Annual administration report of the Civil Veterinary Department of India - 1896-1897
Year: 1896
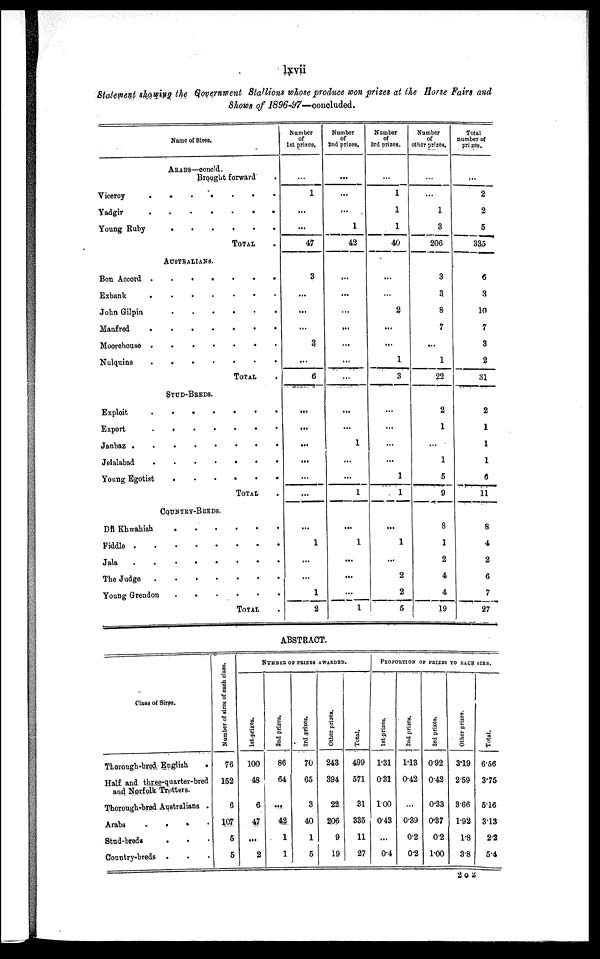
lxvii
Statement showing the Government Stallions whose produce won prizes at the Bone Fairs and
Shows of 1896-97—concluded.
Name of Sires.
ARABS—concld.
Brought forward
Viceroy
.
.
.
.
.
.
Yadgir
.
.
.
.
.
.
Young Ruby
TOTAL
AUSTRALIANS.
Bon Accord
.
.
.
.
.
.
Exbank
.
.
.
.
.
.
John Gilpin
.
.
.
.
.
.
Manfred
.
.
.
.
.
.
Moorehouse
.
.
.
.
.
.
Nulquine
.
.
.
.
.
.
TOTAL
STUD-BREDS.
Exploit
.
.
.
.
.
.
Export
.
.
.
.
.
.
Janbaz
.
.
.
.
.
.
Jelalabad
.
.
.
.
.
.
Young Egotist
.
.
.
.
.
.
TOTAL
COUNTRY-BREDS.
Dil Khwahish
.
.
.
.
.
.
Fiddle
Jala
.
.
.
.
.
.
The Judge
Young Grendon
.
.
.
.
.
.
TOTAL
Number
of
1st prizes.
...
1
...
...
47
3
...
...
...
3
...
6
...
...
...
...
...
...
...
1
...
...
1
2
Number
of
2nd prizes.
...
...
...
1
42
...
...
...
...
...
...
...
...
...
1
...
...
1
...
1
...
...
...
1
Number
of
3rd prizes.
...
1
1
1
40
...
...
2
...
...
1
3
...
...
...
...
1
1
...
1
...
2
2
5
Number
of
other prizes.
...
1
3
206
3
3
8
7
...
1
22
2
1
...
1
5
9
8
1
2
4
4
19
Total
number of
prizes.
...
2
2
5
335
6
3
10
7
3
2
31
2
1
1
1
6
11
8
4
2
6
7
27
ABSTRACT.
Class of Sires.
Thorough-bred English
.
Half and three-quarter-bred
and Norfolk Trotters.
Thorough-bred Australians .
Arabs . . . . . .
Stud-breds . . .
Country-breds . . .
Number of sires of each class.
76
152
6
107
5
5
NUMBER OF PRIZES AWARDED.
1st prizes.
100
48
6
47
...
2
2nd prizes.
86
64
...
42
1
1
3rd prizes.
70
65
3
40
1
5
Other prizes.
243
394
22
206
9
19
Total.
499
571
31
335
11
27
PROPORTION OF PRIZES TO EACH SIRH,
1st prizes.
1.31
0.31
100
043
...
0.4
2nd prizes.
1.13
0.42
...
0.39
0.2
0.2
3rd prizes.
0.92
0.42
0.33
0.37
0.2
1.00
Other prizes.
3.19
2.59
3.66
1.92
1.8
3.8
Total.
6.56
3.75
5.16
3.13
2.2
5.4
2 O 2